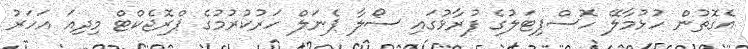
އެގޮތުން ހުޅުމާލޭ ހޮސްޕިޓަލުގެ ފުރާޅުގައި ސޯލާ ޕެނަލް ހަރުކުރުމުގެ ޕްރޮޖެކްޓް މިދިއަ އަހަރު